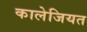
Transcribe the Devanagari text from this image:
कालेजियत